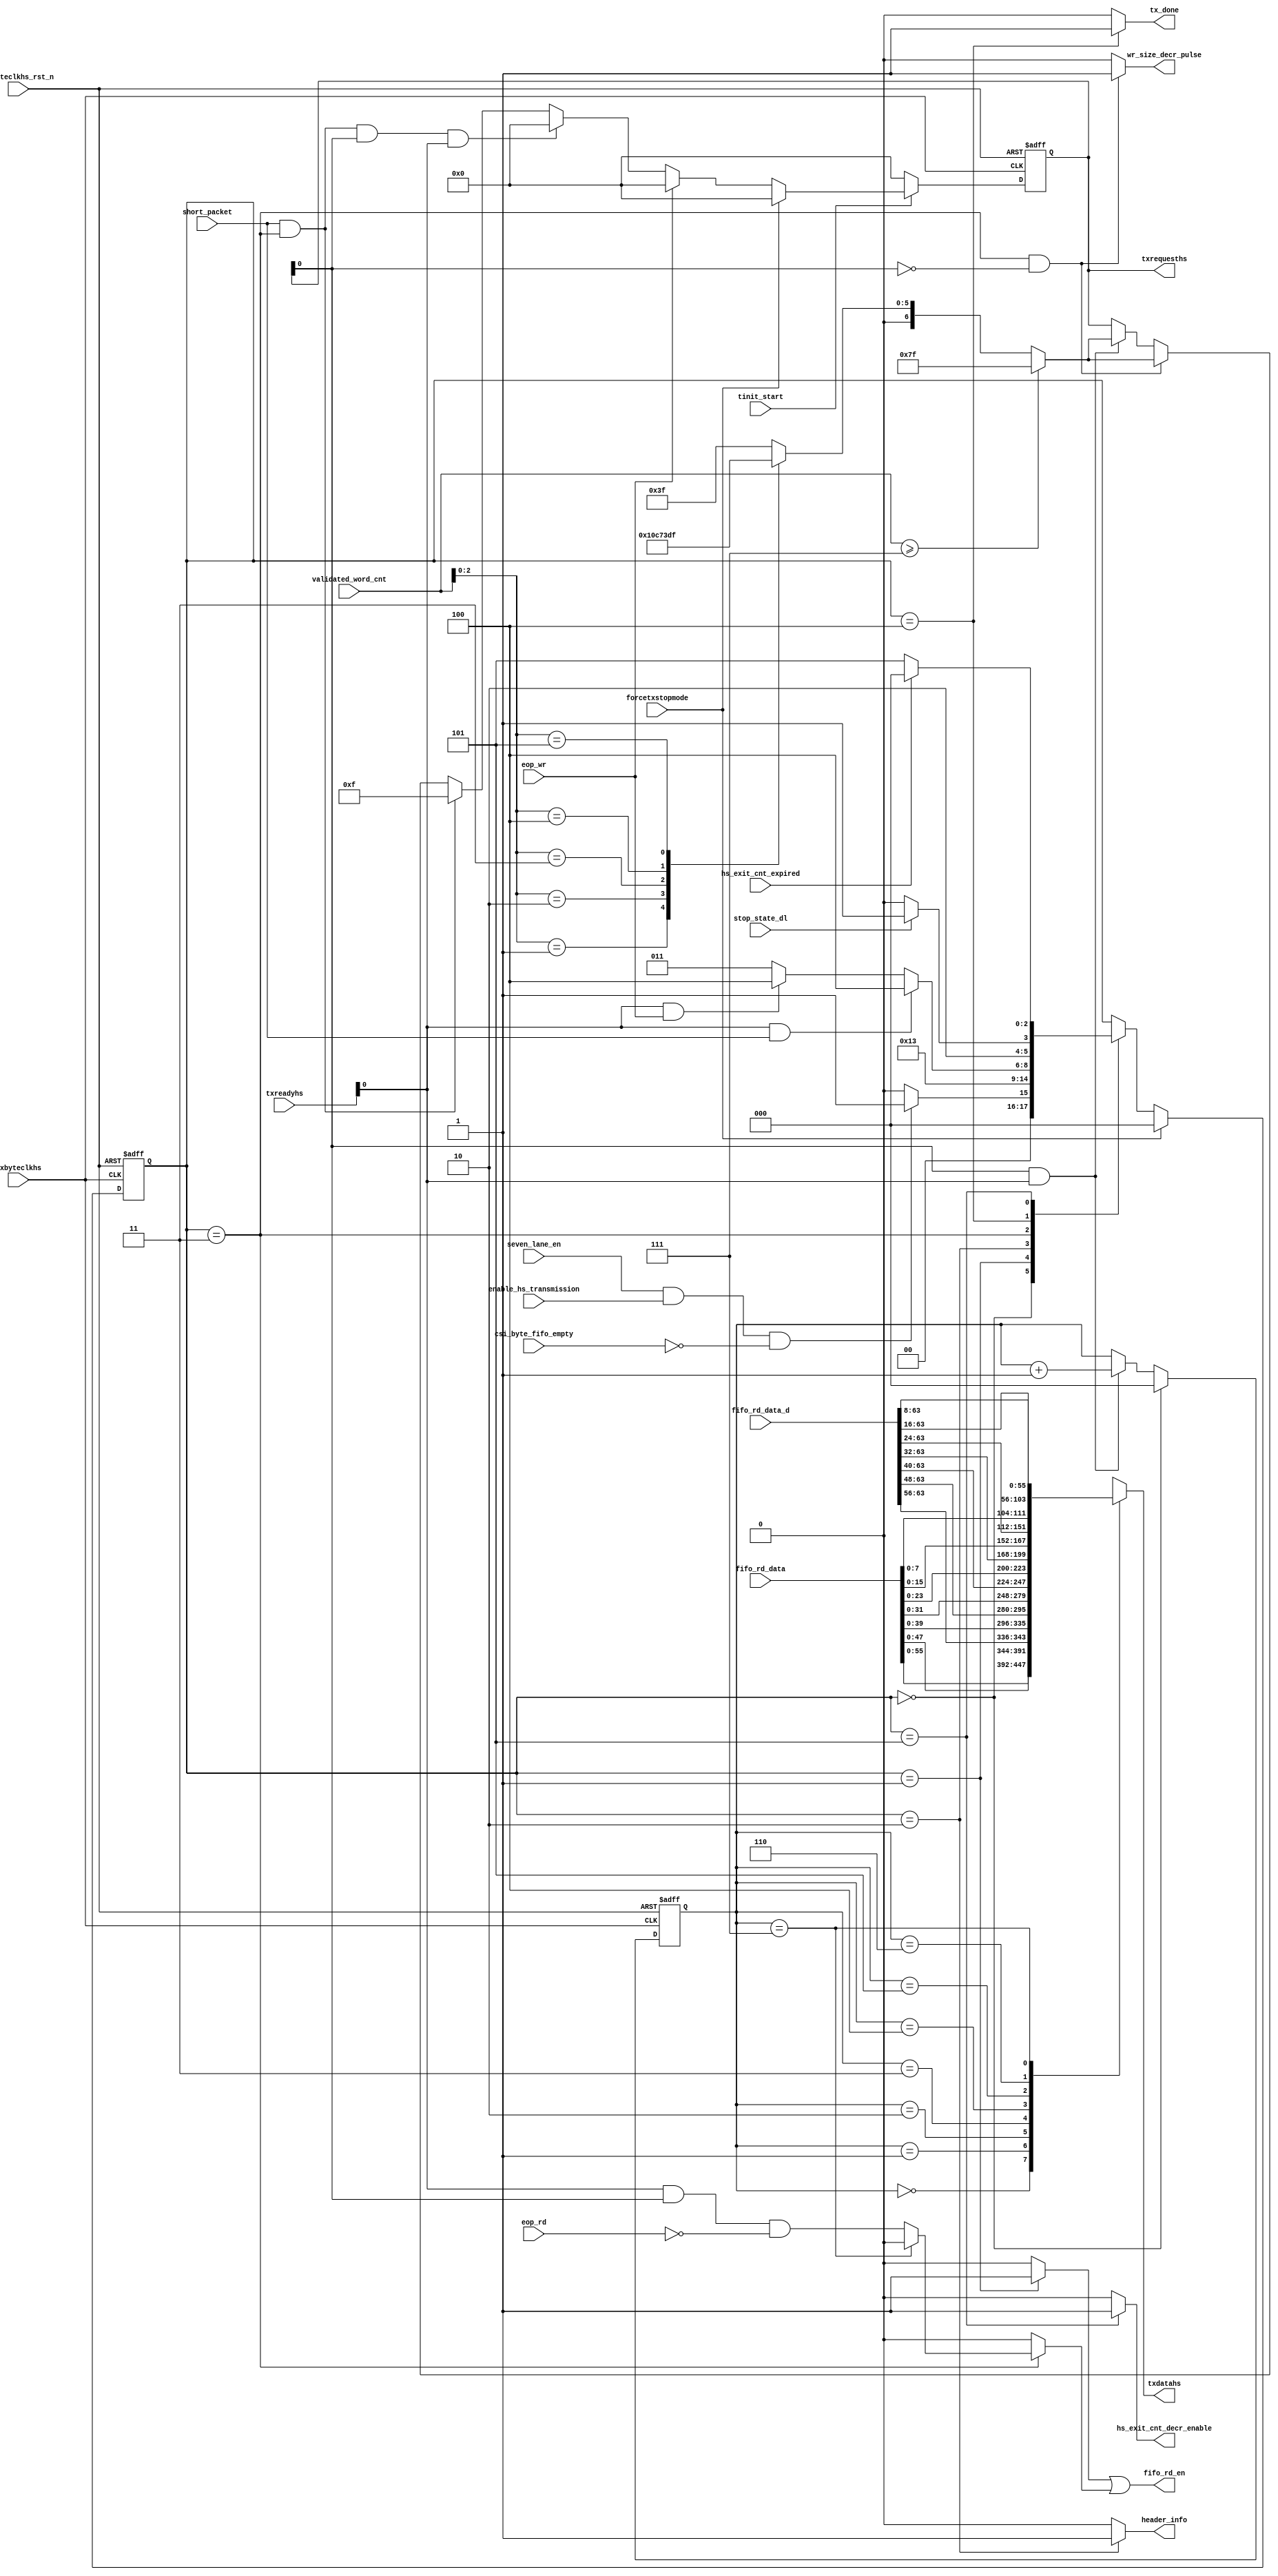
module csi2tx_seven_lane_ldl 
(
 input  wire        txbyteclkhs                ,
 input  wire        txbyteclkhs_rst_n          ,
 input  wire        tinit_start                ,
 input  wire        seven_lane_en              ,
 input  wire        csi_byte_fifo_empty        ,  
 input  wire        enable_hs_transmission     ,
 input  wire        short_packet               ,
 input  wire        forcetxstopmode            ,
 input  wire        eop_wr                     ,
 input  wire        eop_rd                     ,
 input  wire [7:0]  txreadyhs                  ,   
 input  wire        hs_exit_cnt_expired        ,
 input  wire        stop_state_dl              ,   
 input  wire [16:0] validated_word_cnt         ,
 input  wire [63:0] fifo_rd_data               ,
 input  wire [63:0] fifo_rd_data_d             ,
 output wire        wr_size_decr_pulse         ,
 output wire        fifo_rd_en                 ,
 output wire [55:0] txdatahs                   ,
 output wire [6:0]  txrequesths                ,
 output wire        hs_exit_cnt_decr_enable    ,
 output wire        header_info                ,
 output wire        tx_done 
);

parameter IDLE                = 3'b000;
parameter RD_HDR              = 3'b001;
parameter DLY                 = 3'b010;
parameter REQ_HS              = 3'b011;
parameter STOP_STATE          = 3'b100;
parameter HS_EXIT             = 3'b101;
reg [2:0] cur_state                ;
wire      fifo_hdr_read_c          ;
reg [6:0]  txrequesths_r           ;
reg [55:0] txdatahs_s              ;
reg [2:0]  data_mux_cnt_r          ;
reg        fifo_read_on_hready_s   ;
//------------------------------------------------------------------------------
// Internal signal declaration
// 5 Continuous read + 2 -dips
always@(posedge txbyteclkhs or negedge txbyteclkhs_rst_n) begin
 if (txbyteclkhs_rst_n == 1'b0)
  cur_state <= IDLE;
 else if (forcetxstopmode == 1'b1)
  cur_state <= IDLE;
 else
  case(cur_state)
   IDLE : begin
    if ((seven_lane_en == 1'b1) && (enable_hs_transmission == 1'b1) && (csi_byte_fifo_empty == 1'b0))
     cur_state <= RD_HDR;
    else
     cur_state <= IDLE;
   end 
   RD_HDR : begin
    cur_state <= DLY;
   end
   DLY : begin
    cur_state <= REQ_HS;
   end
   REQ_HS : begin
    if ((txreadyhs[0] == 1'b1) && (short_packet == 1'b1))
     cur_state <= STOP_STATE;
    else if ((txreadyhs[0] == 1'b1) && (eop_wr == 1'b1))
     cur_state <= STOP_STATE;
    else
     cur_state <= REQ_HS;     
   end
   STOP_STATE : begin
    if (stop_state_dl == 1'b1)
     cur_state <= HS_EXIT;
    else
     cur_state <= STOP_STATE;
   end
   HS_EXIT : begin
    if (hs_exit_cnt_expired == 1'b1)
     cur_state <= IDLE;
    else
     cur_state <= HS_EXIT;
   end        
  endcase
end

assign hs_exit_cnt_decr_enable = (cur_state == HS_EXIT) ? 1'b1 : 1'b0;
assign fifo_hdr_read_c         = (cur_state == RD_HDR) ? 1'b1 : 1'b0;
assign header_info             = (cur_state == DLY) ? 1'b1 : 1'b0;

//------------------------------------------------------------------------------
always@(posedge txbyteclkhs or negedge txbyteclkhs_rst_n) begin
 if (txbyteclkhs_rst_n == 1'b0)
  data_mux_cnt_r <= 3'b0;
 else if (cur_state == IDLE)
  data_mux_cnt_r <= 3'b0;
 else if ((txreadyhs[0] == 1'b1) && (txrequesths[0] == 1'b1))
  data_mux_cnt_r <= data_mux_cnt_r + 1'b1; 
end

//------------------------------------------------------------------------------
// This logic control the read enable to FIFO. As it is 5-lane distrubution
// there will be enough data to give out DPHY. The FIFO is read 5-clock
// continuously and de-asserted for 2-clock before resumming
always@(*) begin
 if (cur_state == REQ_HS)
  if (data_mux_cnt_r == 3'b111)
   fifo_read_on_hready_s = 1'b0;
  else
   fifo_read_on_hready_s = (txreadyhs[0] & txrequesths[0] & !eop_rd);
 else
  fifo_read_on_hready_s = 1'b0;
end

assign fifo_rd_en              = (fifo_hdr_read_c | fifo_read_on_hready_s); 
assign wr_size_decr_pulse      = ((cur_state == REQ_HS) && (txrequesths_r[0] == 1'b0)) ? 1'b1 : 1'b0;
assign tx_done                 = (cur_state == STOP_STATE) ? 1'b1 : 1'b0;
//------------------------------------------------------------------------------
// Request HS generation
always@(posedge txbyteclkhs or negedge txbyteclkhs_rst_n) begin
 if (txbyteclkhs_rst_n == 1'b0)
  txrequesths_r <= 7'b000_0000;
 else if (tinit_start == 1'b0)
  txrequesths_r <= 7'b000_0000;
 else if (forcetxstopmode == 1'b1)
  txrequesths_r <= 7'b000_0000;
 else if (eop_wr == 1'b1)
  txrequesths_r <= 7'b000_0000;
 else if ((short_packet == 1'b1) && (cur_state == REQ_HS) && (txrequesths[0] == 1'b1) && (txreadyhs[0] == 1'b1))
   txrequesths_r <= 7'b000_0000;
 else if ((short_packet == 1'b1) && (cur_state == REQ_HS))
  txrequesths_r <= 7'b000_1111;
 else if ((cur_state == REQ_HS) && (txrequesths_r[0] == 1'b0))
  if (validated_word_cnt >= 17'h7)
   txrequesths_r <= 7'b111_1111;
  else
   case(validated_word_cnt[2:0])
    3'b001 : txrequesths_r <= 7'b000_0001;
    3'b010 : txrequesths_r <= 7'b000_0011;
    3'b011 : txrequesths_r <= 7'b000_0111;
    3'b100 : txrequesths_r <= 7'b000_1111;
    3'b101 : txrequesths_r <= 7'b001_1111;
    default : txrequesths_r <= 7'b011_1111; // 6bytes
   endcase 
  else if ((txrequesths_r[0] == 1'b1) && (txreadyhs[0] == 1'b1))
  if (validated_word_cnt >= 17'h7)
   txrequesths_r <= 7'b111_1111;
  else
   case(validated_word_cnt[2:0])
    3'b001 : txrequesths_r <= 7'b000_0001;
    3'b010 : txrequesths_r <= 7'b000_0011;
    3'b011 : txrequesths_r <= 7'b000_0111;
    3'b100 : txrequesths_r <= 7'b000_1111;
    3'b101 : txrequesths_r <= 7'b001_1111;
    default : txrequesths_r <= 7'b011_1111; //6bytes
   endcase 
end

always@(*) begin
 case(data_mux_cnt_r)
  3'b000  : txdatahs_s = fifo_rd_data[55:0];
  3'b001  : txdatahs_s = {fifo_rd_data[47:0], fifo_rd_data_d[63:56]};
  3'b010  : txdatahs_s = {fifo_rd_data[39:0],fifo_rd_data_d[63:48]};
  3'b011  : txdatahs_s = {fifo_rd_data[31:0],fifo_rd_data_d[63:40]};
  3'b100  : txdatahs_s = {fifo_rd_data[23:0],fifo_rd_data_d[63:32]};
  3'b101  : txdatahs_s = {fifo_rd_data[15:0],fifo_rd_data_d[63:24]};
  3'b110  : txdatahs_s = {fifo_rd_data[7:0],fifo_rd_data_d[63:16]};
  3'b111  : txdatahs_s = fifo_rd_data_d[63:8];
  default : txdatahs_s = fifo_rd_data[55:0];
 endcase
end

assign txrequesths = txrequesths_r;
assign txdatahs = txdatahs_s;

endmodule